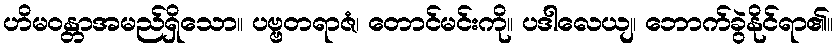
ဟိမဝန္တာအမည်ရှိသော။ ပဗ္ဗတရာဇံ၊ တောင်မင်းကို။ ပဒါလေယျ၊ ဘောက်ခွဲနိုင်ရာ၏။